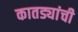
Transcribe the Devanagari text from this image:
कातड्यांची